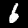
Label: 6